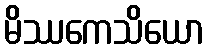
မိဿကေသိယော